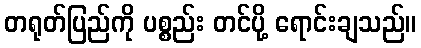
တရုတ်ပြည်ကို ပစ္စည်း တင်ပို့ ရောင်းချသည်။